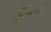
નિગમએ